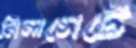
মিলগেটে